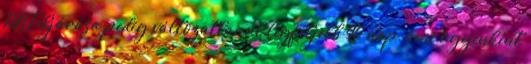
PBT eljárása pedig változatlanul legfeljebb 90 nap, ami ügyenként